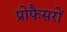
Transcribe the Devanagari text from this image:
प्रोफैसरों